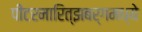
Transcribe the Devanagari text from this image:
पीटरमारित्झबर्गमध्ये